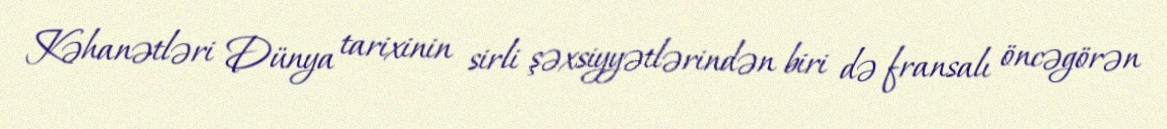
Kəhanətləri Dünya tarixinin sirli şəxsiyyətlərindən biri də fransalı öncəgörən